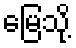
မြေသို့